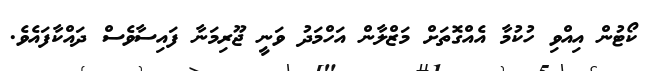
ކޯޓުން އިއްވި ހުކުމާ އެއްގޮތަށް މަޒްލާން އަހްމަދު ވަނީ ޖޫރިމަނާ ފައިސާވެސް ދައްކާފައެވެ.